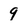
Character: 9